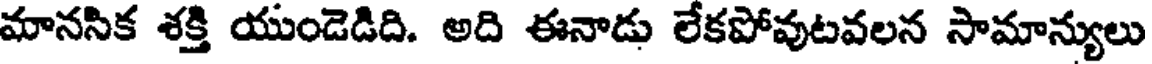
మానసిక శక్తి యుండెడిది. అది ఈనాడు లేకపోవుటవలన సామాన్యులు